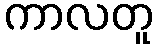
ကာလတူ